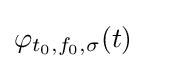
\varphi _{t_{0},f_{0},\sigma }(t)\quad